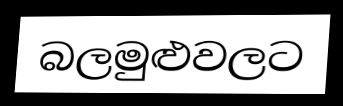
බලමුළුවලට